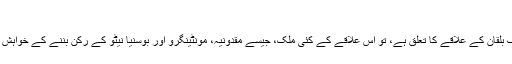
‘‘
جہاں تک بلقان کے علاقے کا تعلق ہے، تو اس علاقے کے کئی ملک، جیسے مقدونیہ، مونٹینگرو اور بوسنیا نیٹو کے رکن بننے کے خواہش مند ہیں ۔